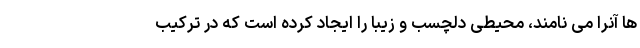
ها آنرا می نامند، محیطی دلچسب و زیبا را ایجاد کرده است که در ترکیب